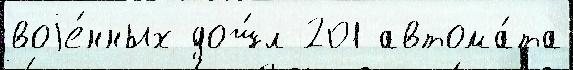
воjе́нных дош́л 201 автома́та